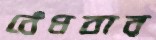
বেঁধবার